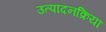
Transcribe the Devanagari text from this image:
उत्पादनक्रिया